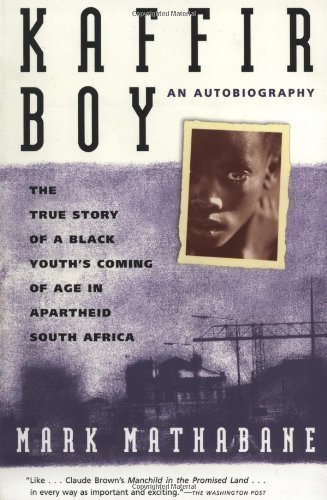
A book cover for Kaffir Boy: An Autobiography--The True Story of a Black Youth's Coming of Age in Apartheid South Africa 1st (first) Edition by Mathabane, Mark published by Free Press (1998); History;